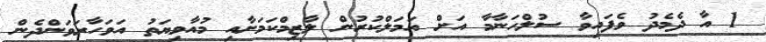
1 އާ ދެމެދު ވެފައިވާ ސުލްހަނާމާ އަށް އަމަލްކުރުން ލާޒިމްކަމަށާއި މުއާވިޔަތު އަވަހާރަވަންދެން